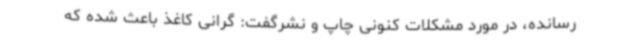
رسانده، در مورد مشکلات کنونی چاپ و نشرگفت: گرانی کاغذ باعث شده که